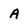
Character: A